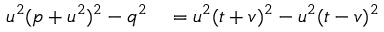
\begin{array} { r l } { u ^ { 2 } ( p + u ^ { 2 } ) ^ { 2 } - q ^ { 2 } } & { { } = u ^ { 2 } ( t + v ) ^ { 2 } - u ^ { 2 } ( t - v ) ^ { 2 } } \end{array}